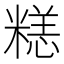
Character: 𱹘